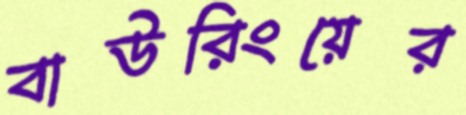
বাউরিংয়ের